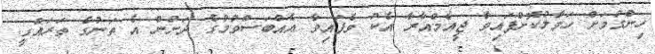
ހިންގުމަށް ހަވާލުކޮށްފައިވާ ޖީއެމްއާރާ އެކު ވެފައިވާ އެއްބަސްވުމުގެ ދަށުން އެ ތަނުގެ ތަރައްގީ